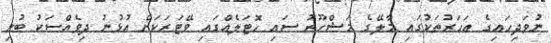
ނުވަދިހައިގެ އަހަރުތަކުގައި މާލޭގެ މަޝްހޫރު ސައި ހޮޓަލެއްގައި ވޭޓަރަކަށް އުޅުނު ދިވެއްސަކު ބުނި